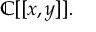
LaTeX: \mathbb { C } [ [ x , y ] ] .